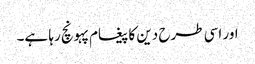
اور اسی طرح دین کا پیغام پہونچ رہا ہے۔